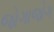
જોગાજોગ